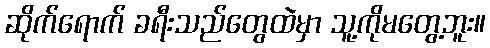
ဆိုက်ရောက် ခရီးသည်တွေထဲမှာ သူ့ကိုမတွေ့ဘူး။